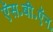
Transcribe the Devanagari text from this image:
ऍस॰बी॰ऍन॰